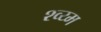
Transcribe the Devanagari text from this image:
श्व्य्म